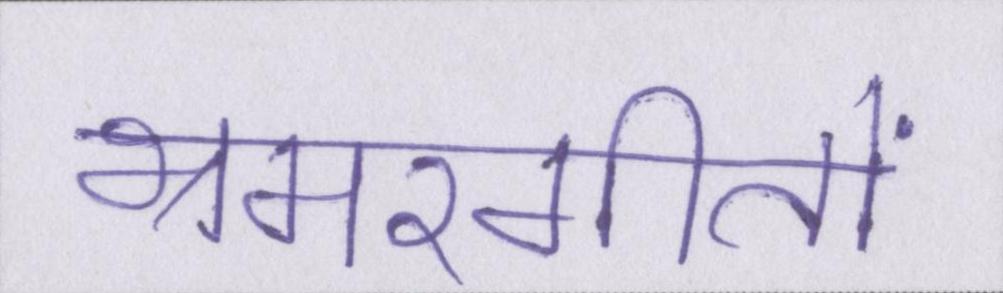
भ्रमरगीतों